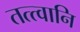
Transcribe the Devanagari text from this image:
तत्त्वानि